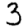
Digit: 3